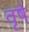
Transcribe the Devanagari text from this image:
वृषे